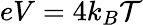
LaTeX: eV=4k_{B}\mathcal{T}